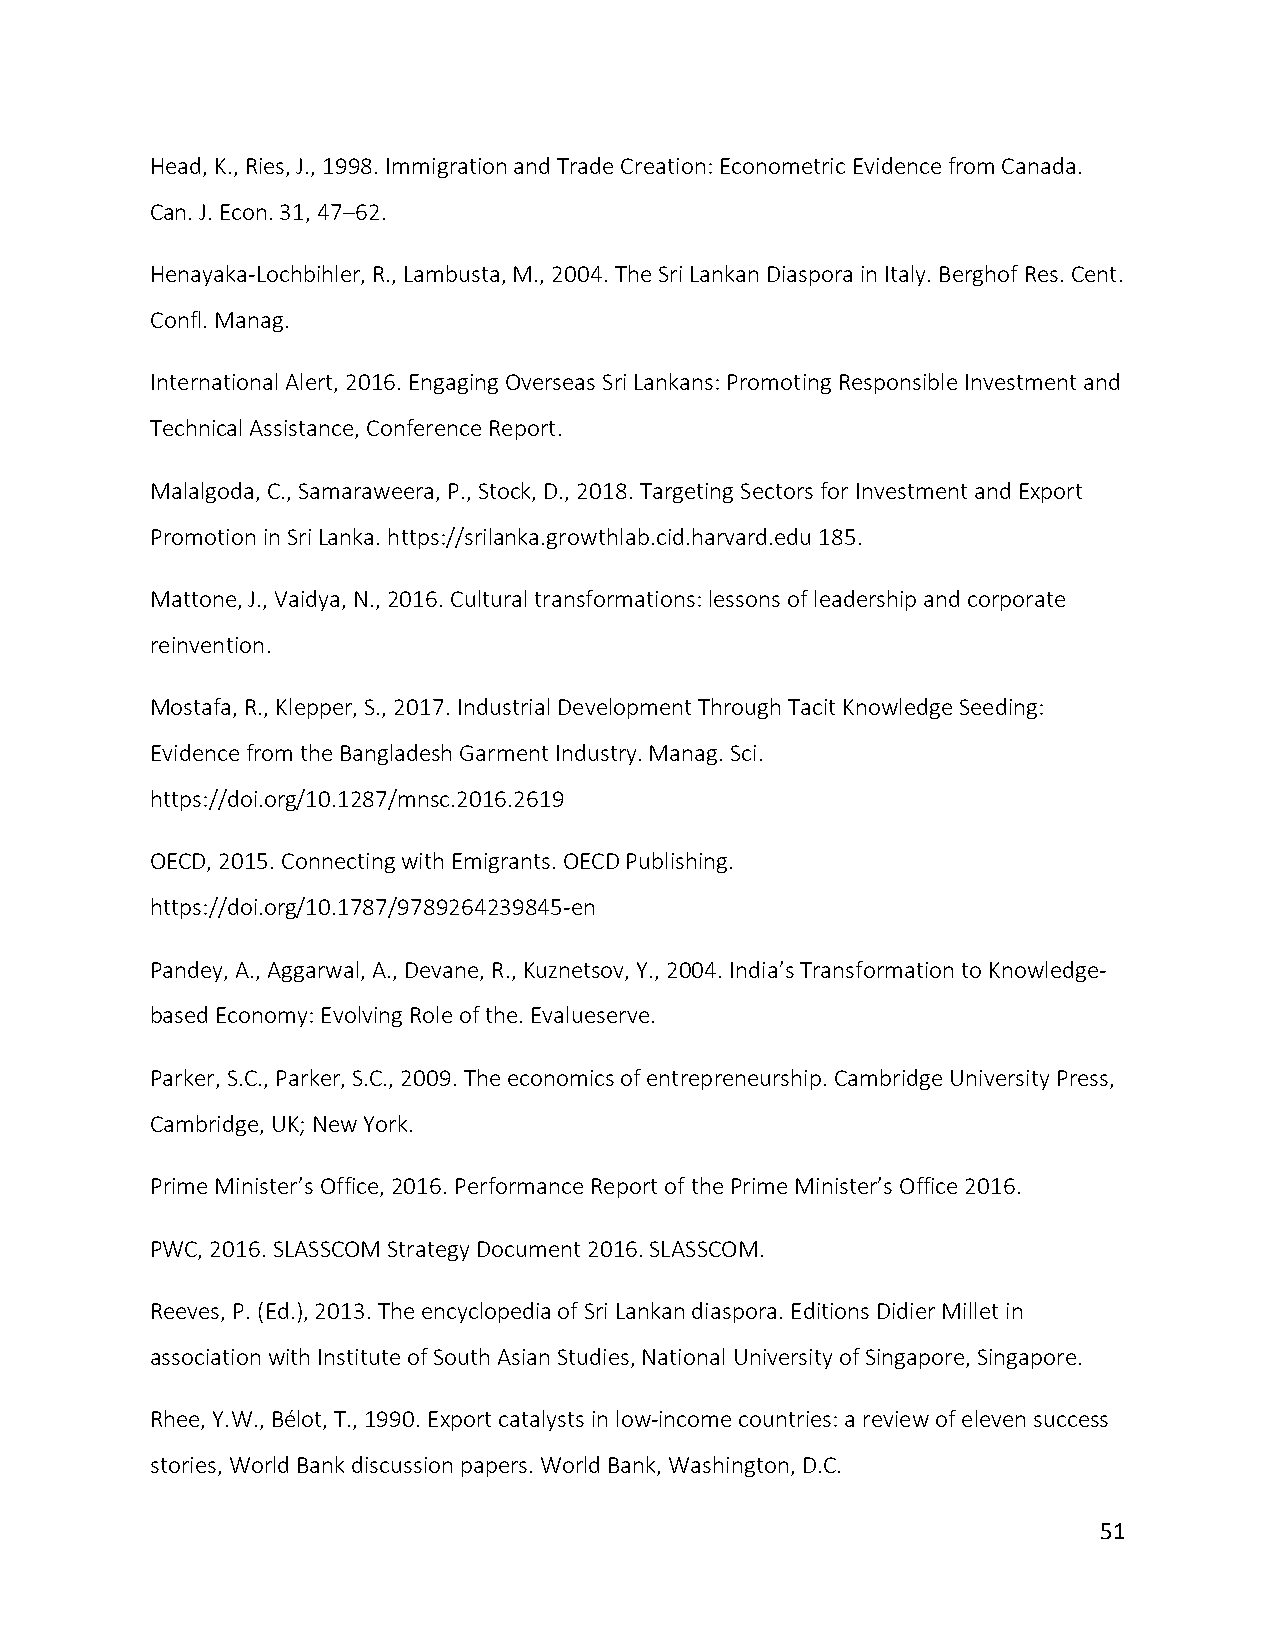
Head, K., Ries, J., 1998. Immigration and Trade Creation: Econometric Evidence from Canada.
 Can. J. Econ. 31, 47–62.
 Henayaka-Lochbihler, R., Lambusta, M., 2004. The Sri Lankan Diaspora in Italy. Berghof Res. Cent.
 Confl. Manag.
 International Alert, 2016. Engaging Overseas Sri Lankans: Promoting Responsible Investment and
 Technical Assistance, Conference Report.
 Malalgoda, C., Samaraweera, P., Stock, D., 2018. Targeting Sectors for Investment and Export
 Promotion in Sri Lanka. https://srilanka.growthlab.cid.harvard.edu 185.
 Mattone, J., Vaidya, N., 2016. Cultural transformations: lessons of leadership and corporate
 reinvention.
 Mostafa, R., Klepper, S., 2017. Industrial Development Through Tacit Knowledge Seeding:
 Evidence from the Bangladesh Garment Industry. Manag. Sci.
 https://doi.org/10.1287/mnsc.2016.2619
 OECD, 2015. Connecting with Emigrants. OECD Publishing.
 https://doi.org/10.1787/9789264239845-en
 Pandey, A., Aggarwal, A., Devane, R., Kuznetsov, Y., 2004. India’s Transformation to Knowledge-
 based Economy: Evolving Role of the. Evalueserve.
 Parker, S.C., Parker, S.C., 2009. The economics of entrepreneurship. Cambridge University Press,
 Cambridge, UK; New York.
 Prime Minister’s Office, 2016. Performance Report of the Prime Minister’s Office 2016.
 PWC, 2016. SLASSCOM Strategy Document 2016. SLASSCOM.
 Reeves, P. (Ed.), 2013. The encyclopedia of Sri Lankan diaspora. Editions Didier Millet in
 association with Institute of South Asian Studies, National University of Singapore, Singapore.
 Rhee, Y.W., Bélot, T., 1990. Export catalysts in low-income countries: a review of eleven success
 stories, World Bank discussion papers. World Bank, Washington, D.C.
 51